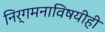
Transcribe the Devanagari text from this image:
निर्गमनाविषयीही